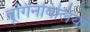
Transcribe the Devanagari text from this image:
बूगिनविलिया